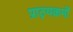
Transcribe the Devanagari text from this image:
प्राठ्यक्रमों